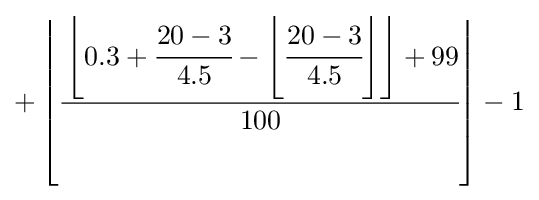
+\left\lfloor {\cfrac {\left\lfloor {0.3+{\cfrac {20-3}{4.5}}-\left\lfloor {\cfrac {20-3}{4.5}}\right\rfloor }\right\rfloor +99}{100}}\right\rfloor -1